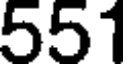
551